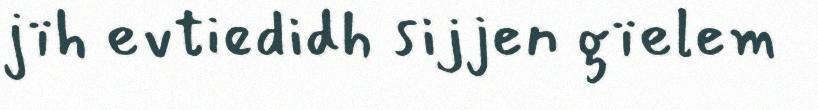
jïh evtiedidh sijjen gïelem